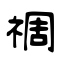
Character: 禂